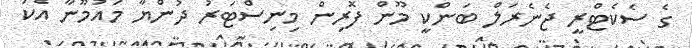
ގެ ސެކެޓްރީ ޖެނެރަލް ބަންކީ މޫން ފޮރިން މިނިސްޓަރު ދުންޔާ މައުމޫނާ އެކު